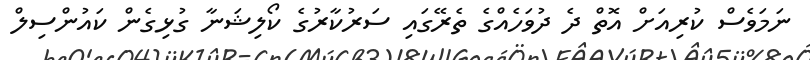
ނަމަވެސް ކުރިއަށް އޮތް ދެ ދުވަހެއްގެ ތެރޭގައި ސަރުކާރުގެ ކޯލިޝަނާ ގުޅިގެން ކައުންސިލް